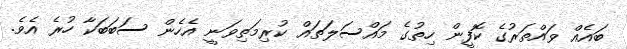
ބައެއް ވައްތަރުގެ ކޮފީން ހިތުގެ މައްސަލަތައް ކުރިމަތިވަނީ އެހެން ސަބަބަކާ ހުރެ އެވެ.